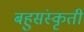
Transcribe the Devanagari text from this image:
बहुसंस्कृती